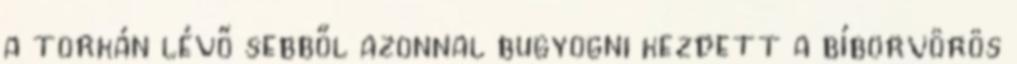
a torkán lévő sebből azonnal bugyogni kezdett a bíborvörös